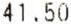
41.50